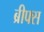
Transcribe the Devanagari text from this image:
ब्रीफ्स